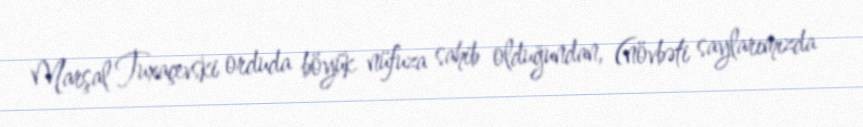
Marşal Tuxaçevski orduda böyük nüfuza sahib olduğundan, (növbəti saylarımızda